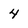
Character: 4